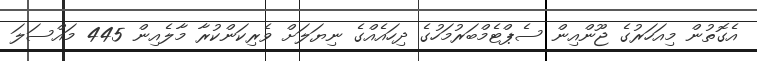
އެގޮތުން މިއަހަރުގެ ޖޫންއިން ސެޕްޓެމްބަރުމަހުގެ ދިހައެއްގެ ނިޔަލަށް ވެރިކަންކުރާ މާލެއިން 445 މައްސަލަ